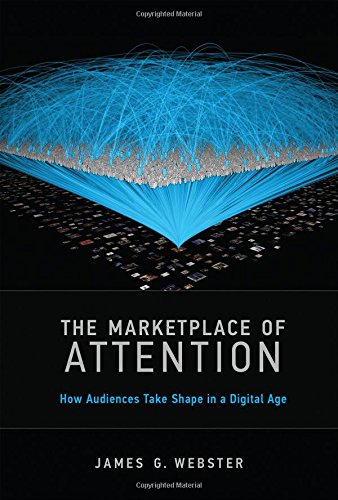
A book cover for The Marketplace of Attention: How Audiences Take Shape in a Digital Age; James G. Webster; Business & Money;